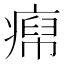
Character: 𬏹